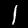
Label: 1